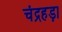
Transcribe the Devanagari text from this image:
चंद्रहड़ा